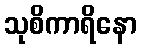
သုစိကာရိနော